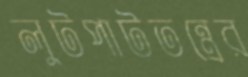
লুটপাটতন্ত্রের